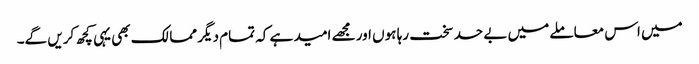
میں اس معاملے میں بے حد سخت رہا ہوں اور مجھے امید ہے کہ تمام دیگر ممالک بھی یہی کچھ کریں گے۔